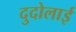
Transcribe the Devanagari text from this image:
दुदोलाई